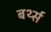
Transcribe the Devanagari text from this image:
बर्थ्स